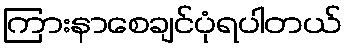
ကြားနာစေချင်ပုံရပါတယ်